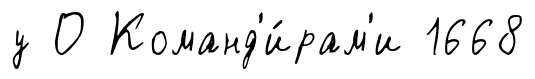
у О Команд'и́рам'и 1668